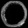
Digit: ၀